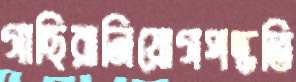
গাছিরানিয়োগপদ্ধতি